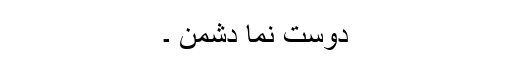
دوست نما دشمن ۔